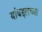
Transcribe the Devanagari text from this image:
यांबद्दलच्या